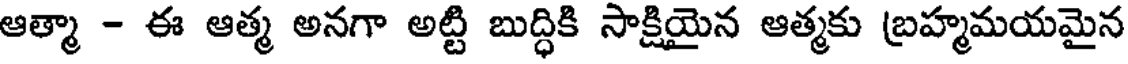
ఆత్మా - ఈ ఆత్మ అనగా అట్టి బుద్ధికి సాక్షియైన ఆత్మకు బ్రహ్మమయమైన